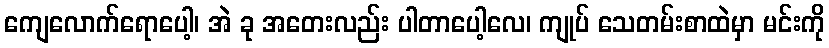
ကျေလောက်ရောပေါ့၊ အဲ ခု အတေးလည်း ပါတာပေါ့လေ၊ ကျုပ် သေတမ်းစာထဲမှာ မင်းကို